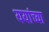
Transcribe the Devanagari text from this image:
ययांच्या